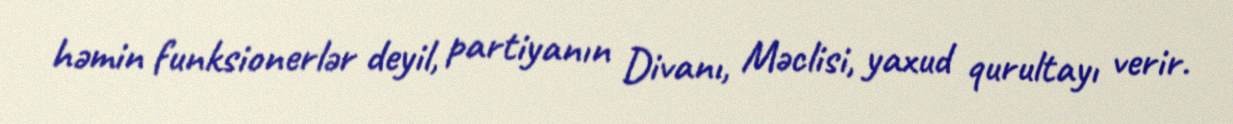
həmin funksionerlər deyil, partiyanın Divanı, Məclisi, yaxud qurultayı verir.